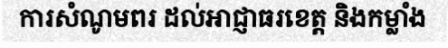
ការសំណូមពរ ដល់អាជ្ញាធរខេត្ត និងកម្លាំង